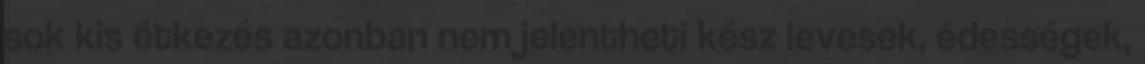
sok kis étkezés azonban nem jelentheti kész levesek, édességek,